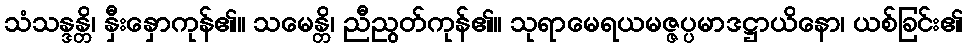
သံသန္ဒန္တိ၊ နှီးနှောကုန်၏။ သမေန္တိ၊ ညီညွတ်ကုန်၏။ သုရာမေရယမဇ္ဇပ္ပမာဒဋ္ဌာယိနော၊ ယစ်ခြင်း၏